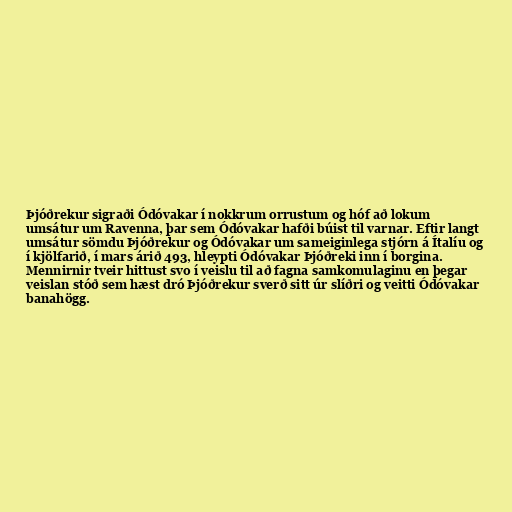
Þjóðrekur sigraði Ódóvakar í nokkrum orrustum og hóf að lokum
umsátur um Ravenna, þar sem Ódóvakar hafði búist til varnar. Eftir langt
umsátur sömdu Þjóðrekur og Ódóvakar um sameiginlega stjórn á Ítalíu og
í kjölfarið, í mars árið 493, hleypti Ódóvakar Þjóðreki inn í borgina.
Mennirnir tveir hittust svo í veislu til að fagna samkomulaginu en þegar
veislan stóð sem hæst dró Þjóðrekur sverð sitt úr slíðri og veitti Ódóvakar
banahögg.